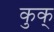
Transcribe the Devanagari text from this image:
कुक्